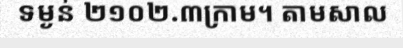
ទម្ងន់ ២១០២.៣ក្រាម។ តាមសាល